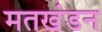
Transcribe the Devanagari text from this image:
मतखंडन